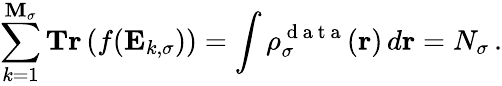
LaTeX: \sum_{k=1}^{\mathbf{M}_{\sigma}}\textbf{{Tr}}\left(f(\mathbf{{E}}_{k,\sigma})\right)=\int\rho_{\sigma}^{\mathrm{{~d~a~t~a~}}}(\boldsymbol{\textbf{{r}}})\, d\boldsymbol{\textbf{{r}}}=N_{\sigma}\, .